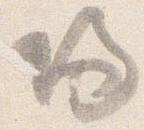
帰